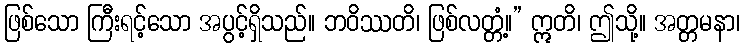
ဖြစ်သော ကြီးရင့်သော အပွင့်ရှိသည်။ ဘဝိဿတိ၊ ဖြစ်လတ္တံ့။” ဣတိ၊ ဤသို့။ အတ္တမနာ၊